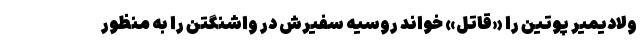
ولادیمیر پوتین را «قاتل» خواند روسیه سفیرش در واشنگتن را به منظور